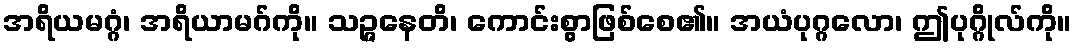
အရိယမဂ္ဂံ၊ အရိယာမဂ်ကို။ သဉ္ဇနေတိ၊ ကောင်းစွာဖြစ်စေ၏။ အယံပုဂ္ဂလော၊ ဤပုဂ္ဂိုလ်ကို။